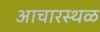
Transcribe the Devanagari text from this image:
आचारस्थळ